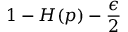
1 - H ( p ) - { \frac { \epsilon } { 2 } }